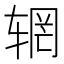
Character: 辋